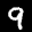
Label: 9